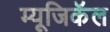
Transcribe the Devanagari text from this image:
म्यूजिकॅल